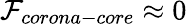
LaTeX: \mathcal{F}_{corona-core}\approx 0